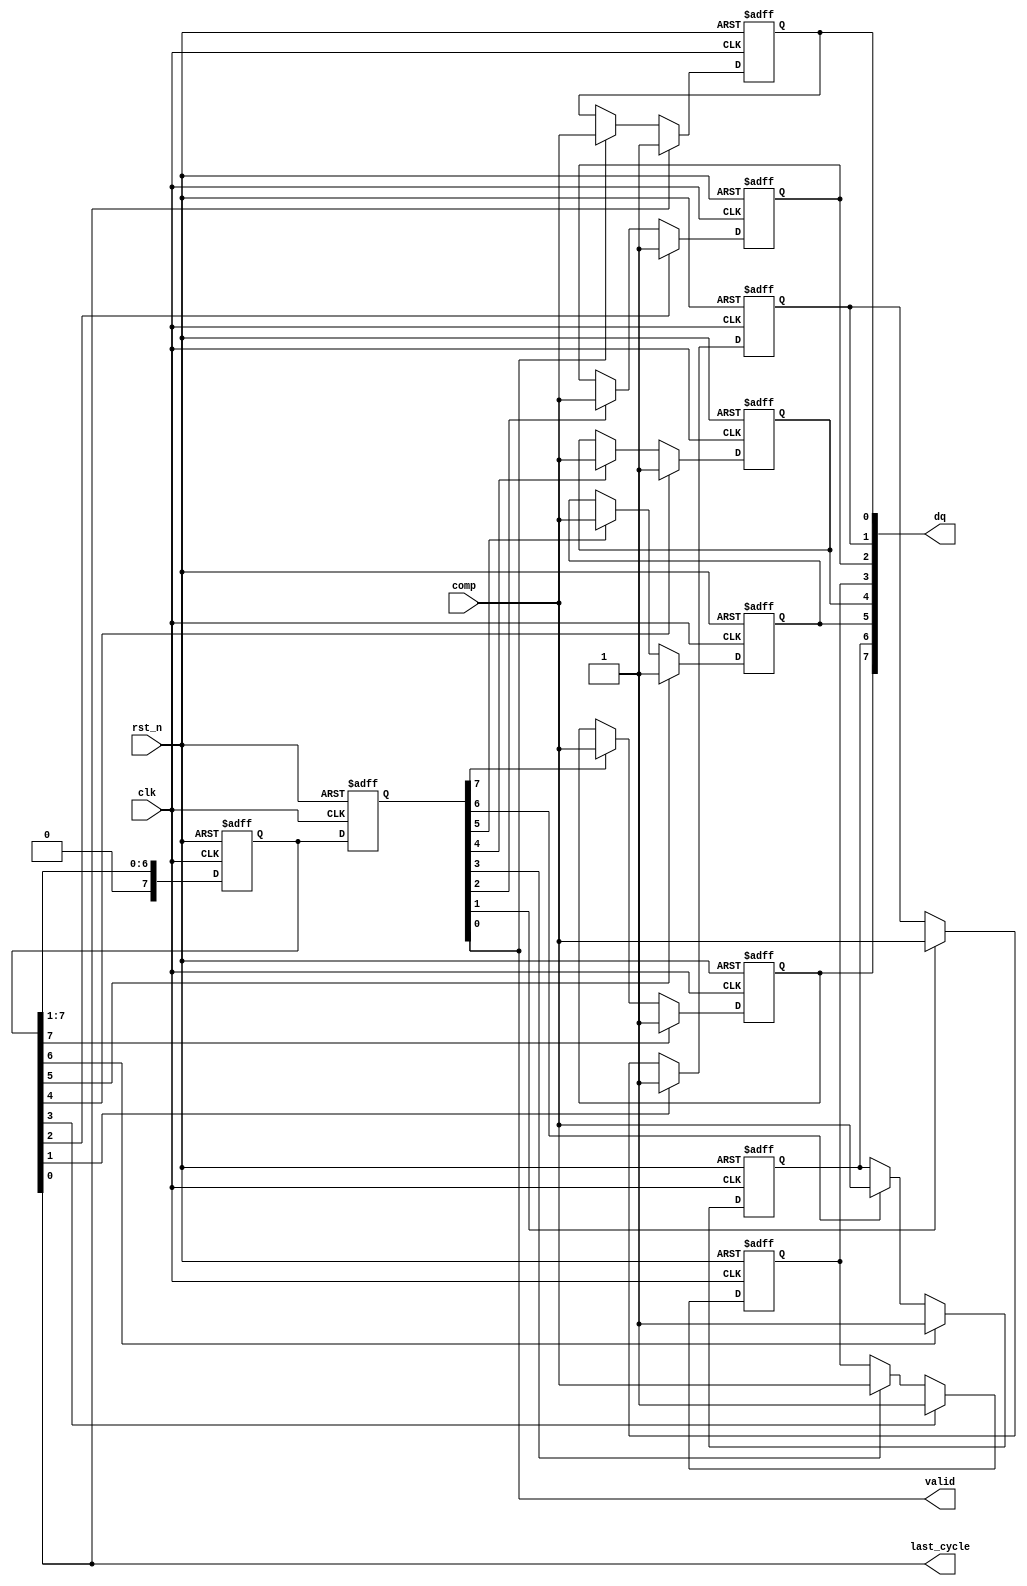
// This program was cloned from: https://github.com/idea-fasoc/openfasoc-tapeouts
// License: Apache License 2.0

`timescale 1ns/1ps
// SAR Controller - Fully Synchronized version.
// The sr_dly register is introduced to avoid using asynchronous DFF control
// Making it more friendly to the synthesis tools
module sarcon_sync #(
    parameter N = 8
)(
    input          rst_n,   // synchronous
    input          clk,     //
    input          comp,
    output [N-1:0] dq,
    output         valid,
    output         last_cycle
);
    genvar gi;
    reg [N-1:0] dr;
    reg [N-1:0] sr;
    reg [N-1:0] sr_dly;
    always @(posedge clk or negedge rst_n) begin
        if(~rst_n) begin
            sr     <= {1'b1,{(N-1){1'b0}}};
            sr_dly <= {N{1'b0}};
        end else begin
            sr     <= {1'b0,sr[N-1:1]};
            sr_dly <= sr;
        end
    end
    generate
        for(gi=0;gi<N;gi=gi+1) begin: gen_datareg
            always @(posedge clk or negedge rst_n) begin
                if(~rst_n)          dr[gi] <= 1'b0;
                else if(sr[gi])     dr[gi] <= 1'b1;
                else if(sr_dly[gi]) dr[gi] <= comp;
                else                dr[gi] <= dr[gi];
            end
        end
    endgenerate

    assign last_cycle = sr[0];
    assign valid      = sr_dly[0];
    assign dq = dr;

endmodule /* sarcon_sync */